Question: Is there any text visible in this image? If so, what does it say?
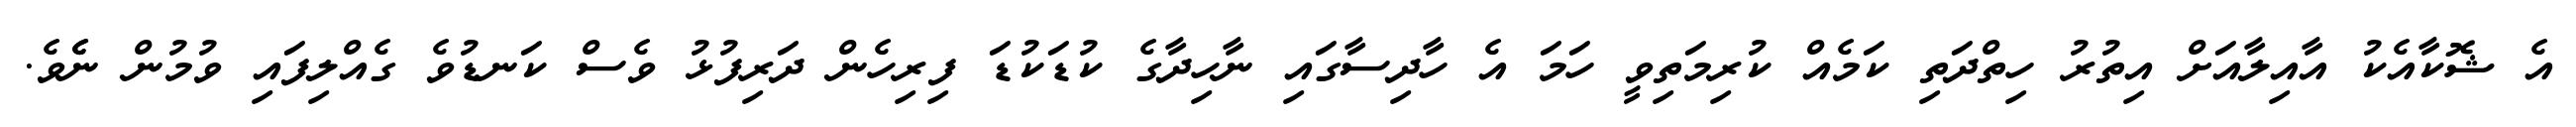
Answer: އެ ޝޮކާއެކު އާއިލާއަށް އިތުރު ހިތްދަތި ކަމެއް ކުރިމަތިވީ ހަމަ އެ ހާދިސާގައި ނާހިދާގެ ކުޑަކުޑަ ފިރިހެން ދަރިފުޅު ވެސް ކަނޑުވެ ގެއްލިފައި ވުމުން ނެެވެ.